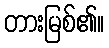
တားမြစ်၏။